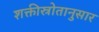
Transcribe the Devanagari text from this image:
शक्तीस्रोतानुसार